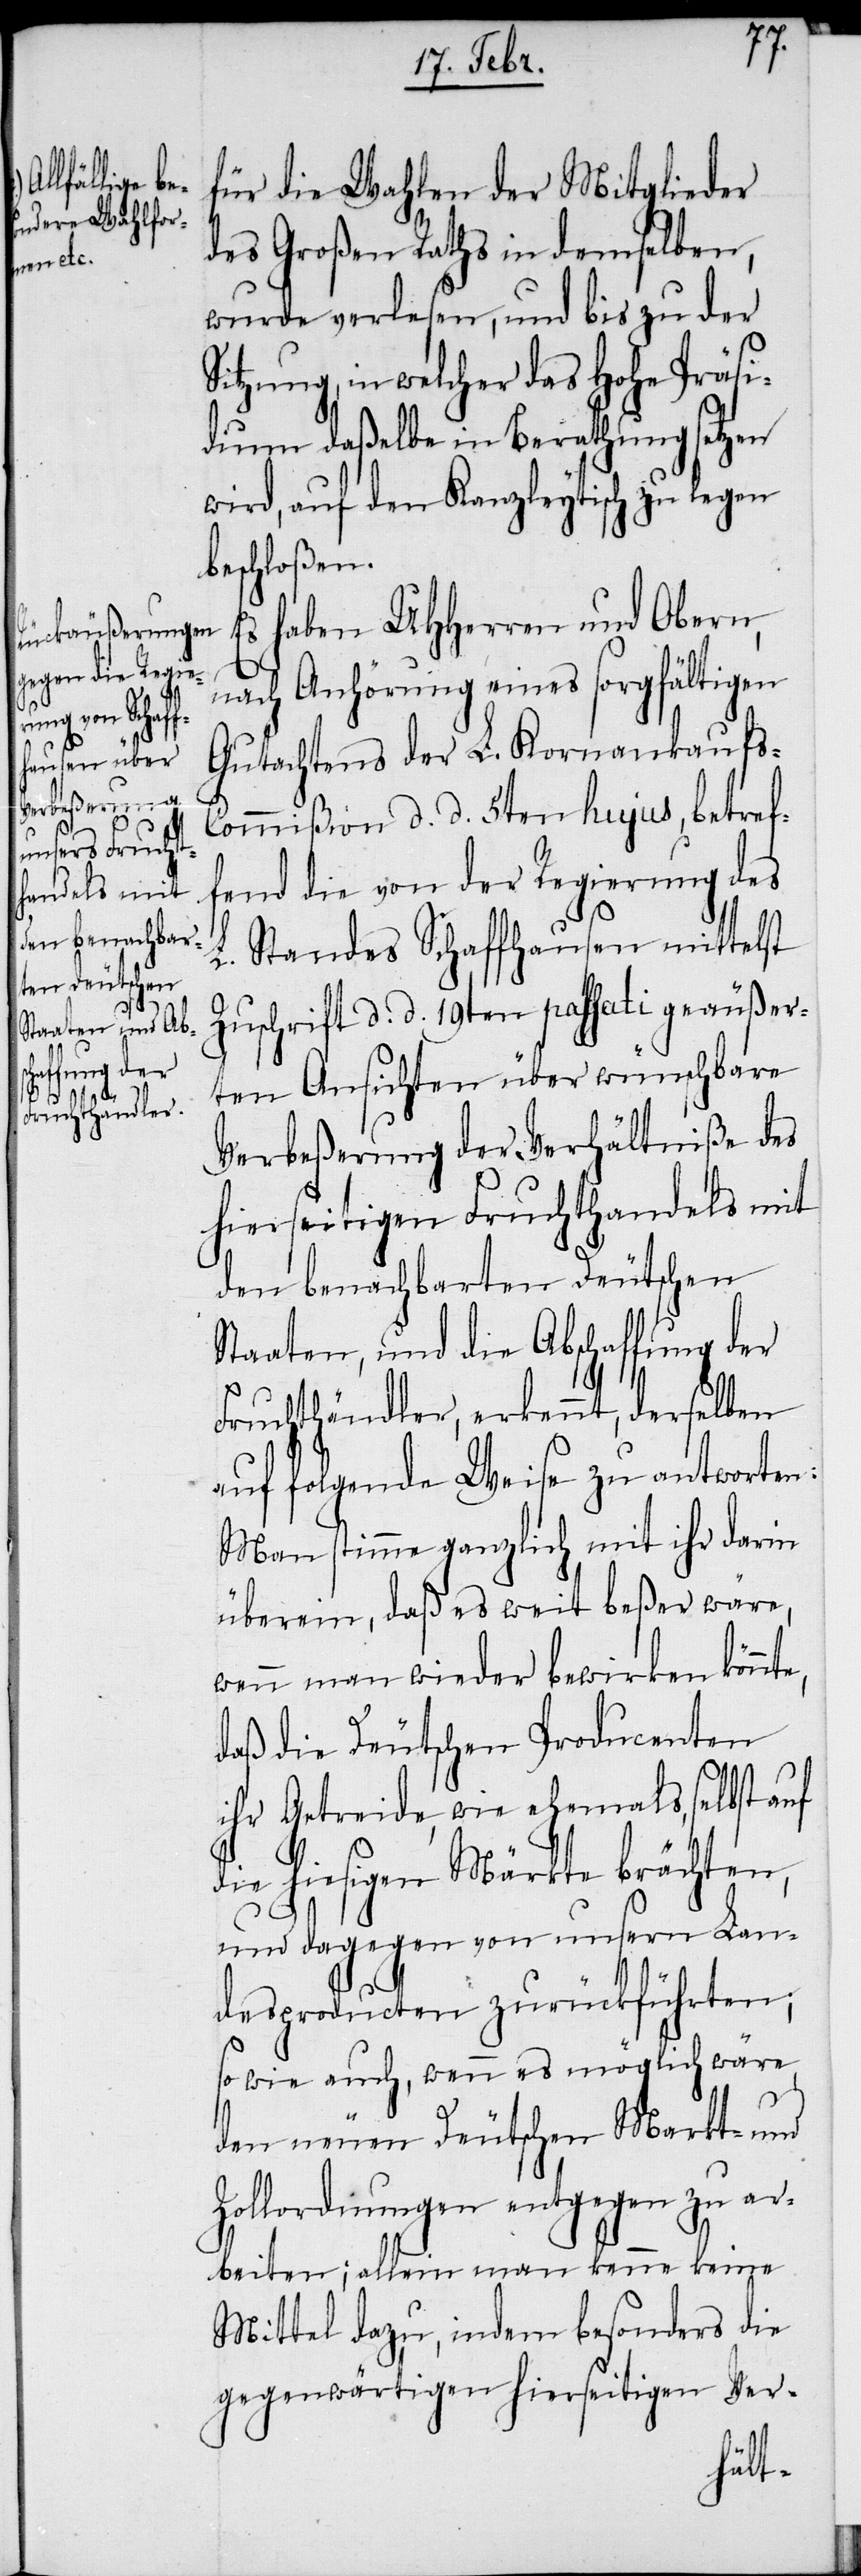
für die Wahlen der Mitglieder
des Großen Raths in demselben,
wurde verlesen, und bis zu der
Sitzung, in welcher das Hohe Präsi¬
dium daßelbe in Berathung setzen
wird, auf den Kanzleytisch zu legen
beschloßen.
Es haben UHHerren und Obern,
e,
nach Anhörung eines sorgfältigen
Gutachtens der L. Kornankaufs-C¬
ommißion d. d. 5ten hujus, betref¬
fend die von der Regierung des
L. Standes Schaffhausen mittelst
Zuschrift d. d. 19ten passati geäußer¬
ten Ansichten über wünschbare
Verbeßerung der Verhältniße des
hierseitigen Fruchthandels mit
den benachbarten Deutschen
Staaten, und die Abschaffung der
Fruchthändler, erkennt, derselben
auf folgende Weise zu antworten:
Man stimme ganzlich mit ihr darin
überein, daß es weit beßer wäre,
wenn man wieder bewirken könnt¬
daß die Deutschen Producenten
ihr Getreide, wie ehemals, selbst auf
die hiesigen Märkte brächten,
und dagegen von unsern Lan¬
desproducten zurückführten;
sowie auch, wenn es möglich wäre,
den neuen Deutschen Markt- und
Zollordnungen entgegen zu ar¬
beiten; allein man kenne keine
Mittel dazu, indem besonders die
gegenwärtigen hierseitigen Ver-